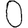
Digit: 0